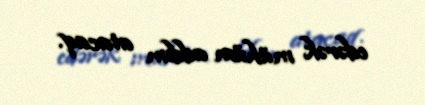
edərək mühüm addım atacaq.